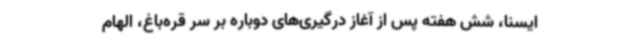
ایسنا، شش هفته پس از آغاز درگیری‌های دوباره بر سر قره‌باغ، الهام